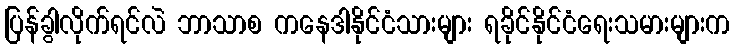
ပြန်ခွါလိုက်ရင်လဲ ဘာသာစ ကနေဒါနိုင်ငံသားများ ရခိုင်နိုင်ငံရေးသမားများက